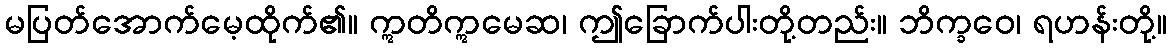
မပြတ်အောက်မေ့ထိုက်၏။ ဣတိဣမေဆ၊ ဤခြောက်ပါးတို့တည်း။ ဘိက္ခဝေ၊ ရဟန်းတို့။